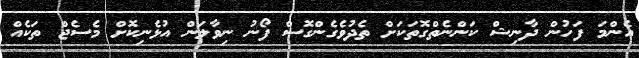
އެންމަ ފަހުން ދާނިޝް ކަންނެތްގޮތަކަށް ތެދުވެގެންގޮސް ފޯނު ނިވާލަން އުޅެނިކޮށް މެސެޖް ތަކެއް